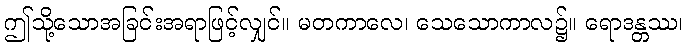
ဤသို့သောအခြင်းအရာဖြင့်လျှင်။ မတကာလေ၊ သေသောကာလ၌။ ရောဒန္တဿ၊